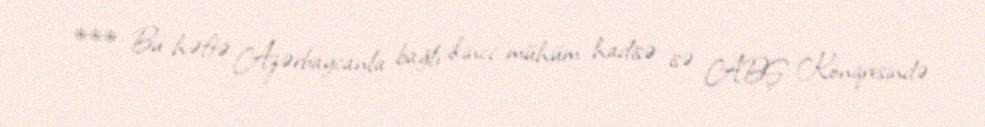
*** Bu həftə Azərbaycanla bağlı ikinci mühüm hadisə isə ABŞ Konqresində